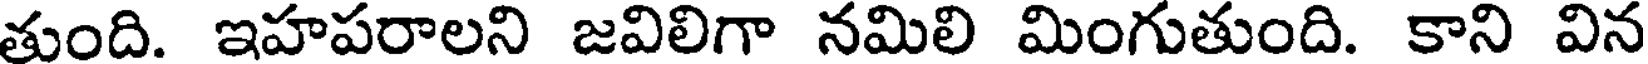
తుంది. ఇహపరాలని జవిలిగా నమిలి మింగుతుంది. కాని విన